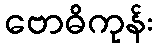
ဗောဓိကုန်း